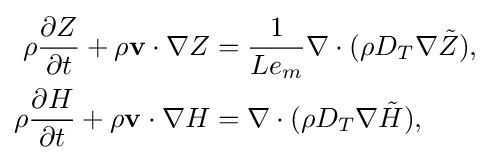
{\begin{aligned}\rho {\frac {\partial Z}{\partial t}}+\rho \mathbf {v} \cdot \nabla Z&={\frac {1}{Le_{m}}}\nabla \cdot (\rho D_{T}\nabla {\tilde {Z}}),\\\rho {\frac {\partial H}{\partial t}}+\rho \mathbf {v} \cdot \nabla H&=\nabla \cdot (\rho D_{T}\nabla {\tilde {H}}),\end{aligned}}